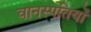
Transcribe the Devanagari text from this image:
वानस्पतियों